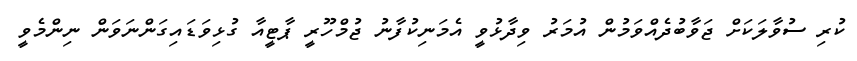
ކުރި ސުވާލަކަށް ޖަވާބުދެއްވަމުން އުމަރު ވިދާޅުވީ އެމަނިކުފާނު ޖުމްހޫރީ ޕާޓީއާ ގުޅިވަޑައިގަންނަވަން ނިންމެވީ